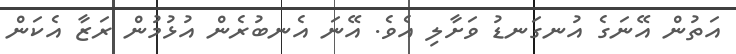
އަތުން އޭނަގެ އުނގަނޑު ވަށާލި އެވެ. އޭނަ އެނބުރެން އުޅުމުން ރަޒާ އެކަން